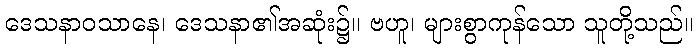
ဒေသနာဝသာနေ၊ ဒေသနာ၏အဆုံး၌။ ဗဟူ၊ များစွာကုန်သော သူတို့သည်။